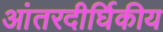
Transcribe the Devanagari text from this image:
आंतरदीर्घिकीय